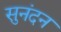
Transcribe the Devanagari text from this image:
सुनंदन